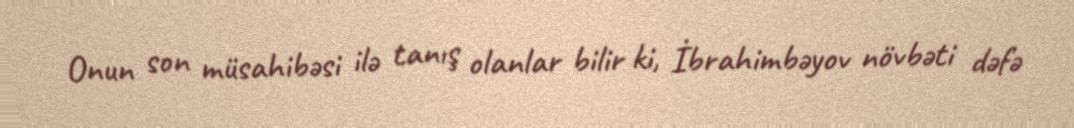
Onun son müsahibəsi ilə tanış olanlar bilir ki, İbrahimbəyov növbəti dəfə